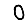
Digit: 0